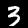
Label: 3